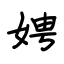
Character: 娉